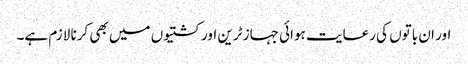
اور ان باتوں کی رعایت ہوائی جہاز ٹرین اور کشتیوں میں بھی کرنا لازم ہے۔